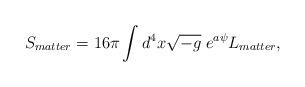
LaTeX: \begin{align*}S_{matter}=16\pi\int d^4x\sqrt{-g}\;e^{a\psi}L_{matter},\end{align*}